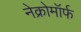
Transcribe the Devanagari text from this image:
नेक्रोमॉर्फ